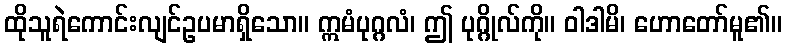
ထိုသူရဲကောင်းလျင်ဥပမာရှိသော။ ဣမံပုဂ္ဂလံ၊ ဤ ပုဂ္ဂိုလ်ကို။ ဝါဒါမိ၊ ဟောတော်မူ၏။